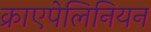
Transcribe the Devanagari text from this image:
क्राएपेलिनियन